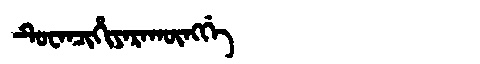
Manchu: ᡨᡠᠸᠠᠨᠴᡳᡥᡳᠶᠠᡵᠠᡴᡡᠩᡤᡝ
Romanization: TUWANCIHIYARAKŪNGGE